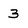
Character: 3